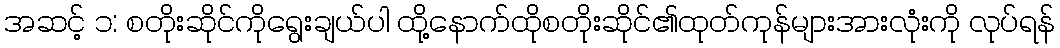
အဆင့် ၁: စတိုးဆိုင်ကိုရွေးချယ်ပါ ထို့နောက်ထိုစတိုးဆိုင်၏ထုတ်ကုန်များအားလုံးကို လုပ်ရန်